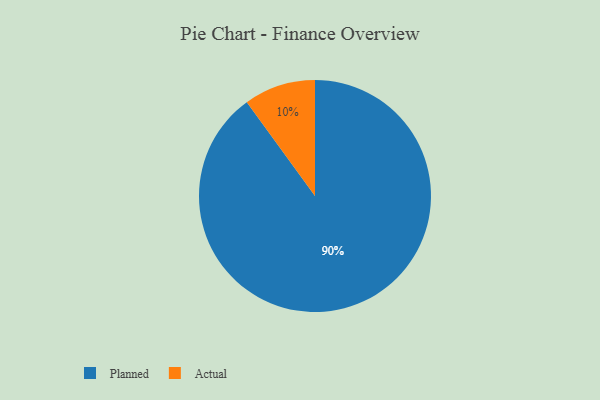
{"axis": {"x": "Category", "y": "Percentage"}, "legend": ["Actual", "Planned"], "data": [{"x": "Actual", "y": 10, "type": "Actual"}, {"x": "Planned", "y": 90, "type": "Planned"}]}